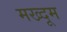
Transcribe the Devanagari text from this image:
मख्दूम